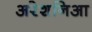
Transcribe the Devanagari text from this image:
अरेशनिआ